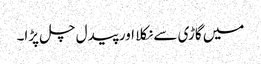
میں گاڑی سے نکلا اور پیدل چل پڑا۔